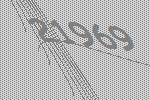
21969